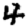
Digit: 4